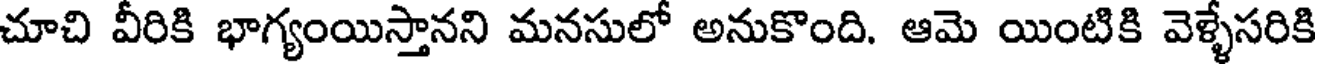
చూచి వీరికి భాగ్యంయిస్తానని మనసులో అనుకొంది. ఆమె యింటికి వెళ్ళేసరికి